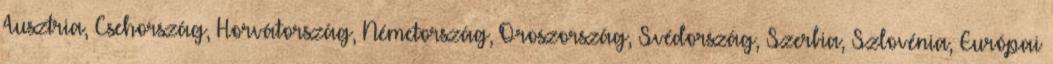
Ausztria, Csehország, Horvátország, Németország, Oroszország, Svédország, Szerbia, Szlovénia, Európai